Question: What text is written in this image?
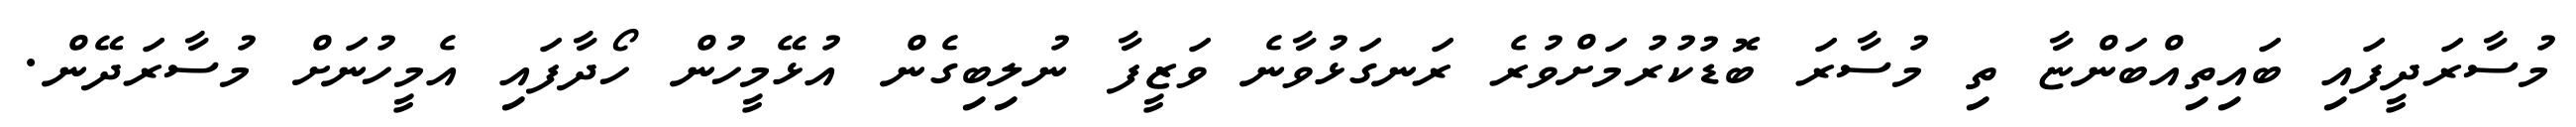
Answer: މުސާރަދީފައި ބައިތިއްބަންޏާ ތި މުސާރަ ބޮޑުކުރުމަށްވުރެ ރަނގަޅުވާނެ ވަޒީފާ ނުލިބިގެން އުޅޭމީހުން ހޯދާފައި އެމީހުނަށް މުސާރަދޭން.